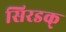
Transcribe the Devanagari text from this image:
सिरडक्